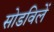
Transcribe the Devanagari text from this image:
सोडविलें